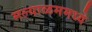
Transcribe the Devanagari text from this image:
मल्याळममध्ये